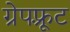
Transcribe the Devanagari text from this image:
ग्रेपफ़्रूट